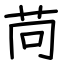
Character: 苘